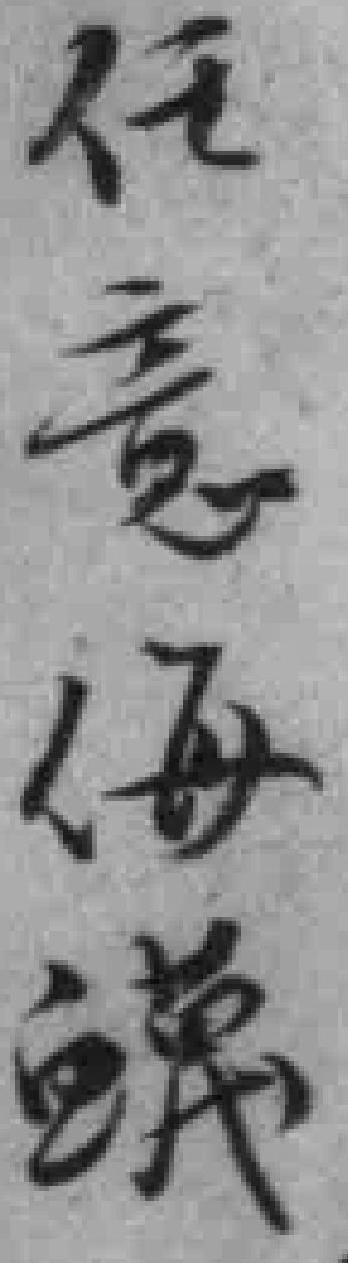
任意侮*